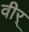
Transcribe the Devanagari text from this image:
वीर्